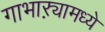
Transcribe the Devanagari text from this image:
गाभाऱ्यामध्ये